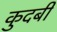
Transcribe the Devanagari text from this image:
कुदबी